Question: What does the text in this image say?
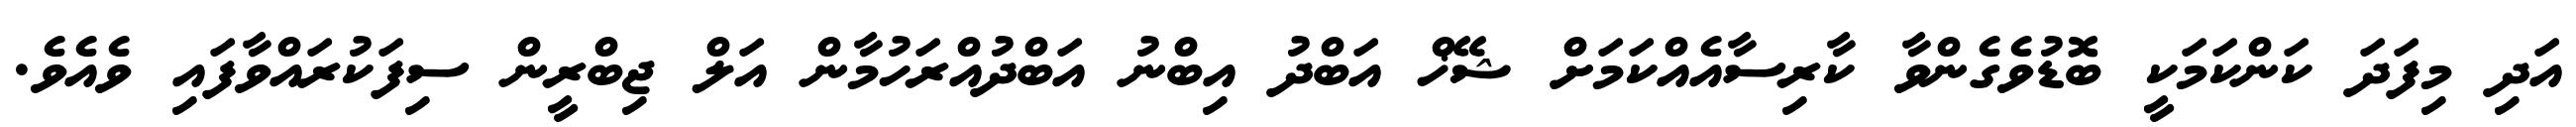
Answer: އަދި މިފަދަ ކަންކަމަކީ ބޮޑުވެގެންވާ ކާރިސާއެއްކަމަށް ޝޭޚް އަބްދު އިބްނު އަބްދުއްރަހުމާން އަލް ޖިބްރީން ސިފަކުރައްވާފައި ވެއެވެ.